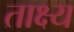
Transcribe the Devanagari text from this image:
ताक्ष्य